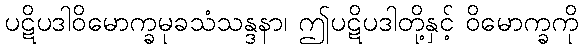
ပဋိပဒါဝိမောက္ခမုခသံသန္ဒနာ၊ ဤပဋိပဒါတို့နှင့် ဝိမောက္ခကို